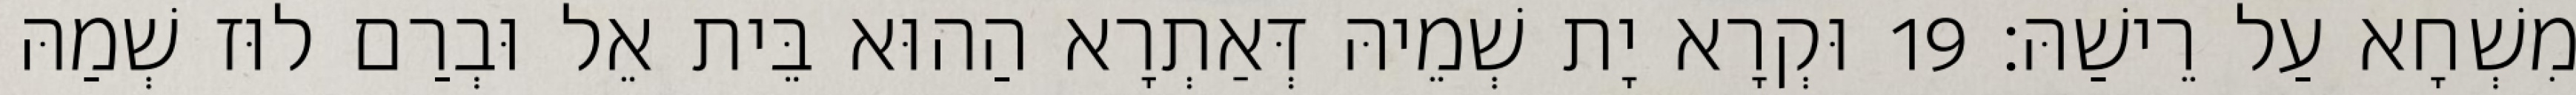
מִשְׁחָא עַל רֵישַׁהּ׃ 19 וּקְרָא יָת שְׁמֵיהּ דְּאַתְרָא הַהוּא בֵּית אֵל וּבְרַם לוּז שְׁמַהּ